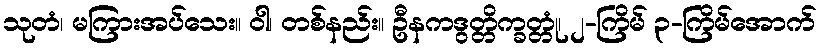
သုတံ၊ မကြားအပ်သေး။ ဝါ၊ တစ်နည်း။ ဦနကဒွတ္တိက္ခတ္တုံ၊ ၂-ကြိမ် ၃-ကြိမ်အောက်